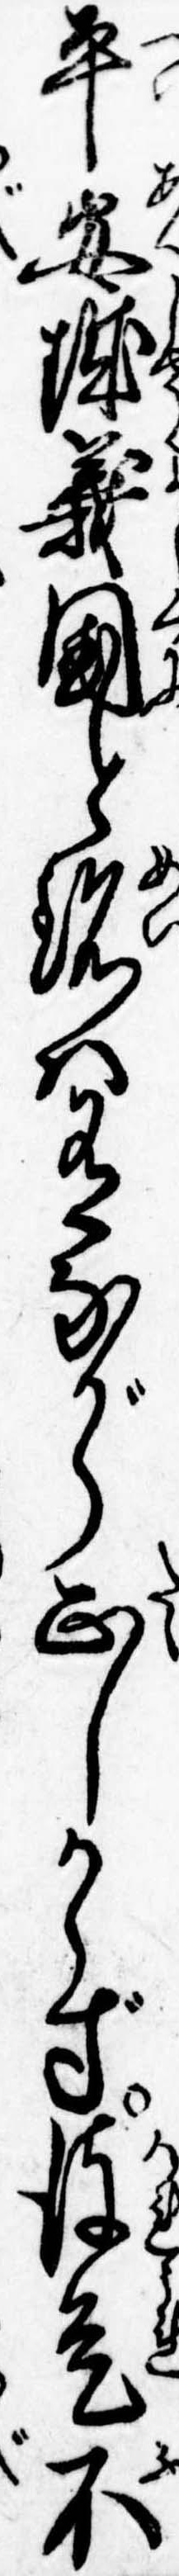
平安城義国と銘は有ながら正しからず彼是不